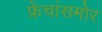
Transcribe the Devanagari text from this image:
फ्रेंचांसमोर